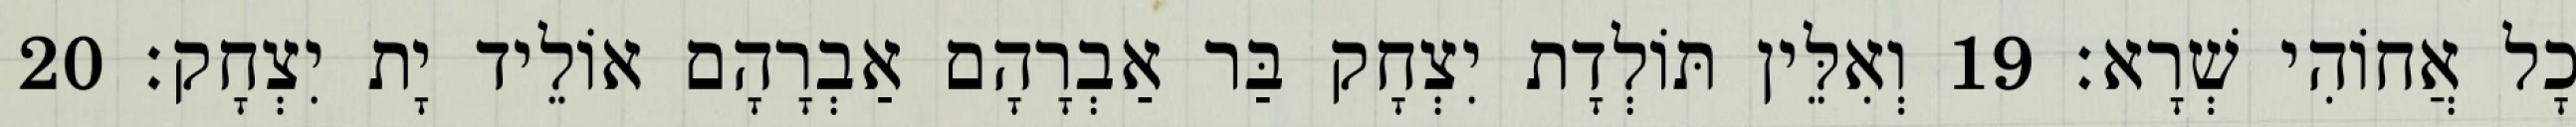
כָל אֲחוֹהִי שְׁרָא׃ 19 וְאִלֵּין תּוֹלְדָת יִצְחָק בַּר אַבְרָהָם אַבְרָהָם אוֹלֵיד יָת יִצְחָק׃ 20